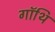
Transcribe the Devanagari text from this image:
गॉथि